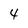
Character: 4